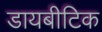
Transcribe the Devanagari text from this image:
डायबीटिक